Report of the Municipal Commissioner on the plague in Bombay for the year ending 31st May... - Volume 1
Disease focus: Plague
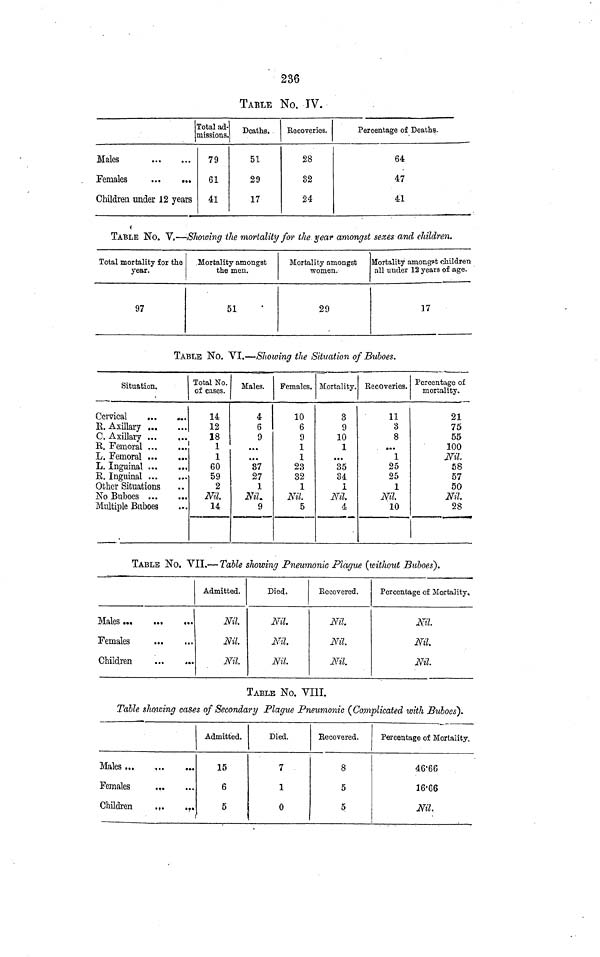
236
TABLE No. IV.
Males
Females
Children under 12 years
Total ad-
missions.
79
61
41
Deaths.
51
29
17
Recoveries.
28
32
24
Percentage of Deaths.
64
47
41
TABLE No. V,—Showing the mortality for the year amongst sexes and children.
Total mortality for the
year.
97
Mortality amongst
the men.
51
Mortality amongst
women.
29
Mortality amongst children
all under 12 years of age.
17
TABLE No. VI.—Showing the Situation of Buboes.
Situation.
Cervical
R.
Axillary
C. Axillary
R.
Femoral
L. Femoral
L.
Inguinal
E. Inguinal
Other Situations
No Buboes
Multiple Buboes
Total No.
of cases.
14
12
18
1
1
60
59
2
Nil.
14
Males.
4
6
9
87
27
1
Nil.
9
Females.
10
6
9
1
1
23
32
1
Nil.
5
Mortality.
3
9
10
1
35
34
1
Nil.
4
Recoveries.
11
3
8
1
25
25
1
Nil.
10
Percentage of
mortality.
21
75
55
100
Nil.
58
57
50
Nil
28
TABLE No. VII.—Table showing Pneumonic Plague (without Buboes).
Males
Females
Children
Admitted.
Nil
Nil
Nil
Died.
Nil.
Nil
Nil
Recovered.
Nil
Nil
Nil
Percentage of Mortality.
Nil
Nil
Nil
TABLE No. VIII.
Table showing cases of Secondary Plague Pneumonic (Complicated with Buboes).
Males
Females
Children
Admitted.
15
6
5
Died.
7
1
0
Recovered.
8
5
5
Percentage of Mortality.
46·66
16·66
Nil.